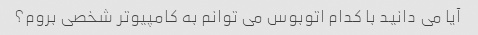
آیا می دانید با کدام اتوبوس می توانم به کامپیوتر شخصی بروم؟